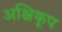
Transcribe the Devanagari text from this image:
अक्षिकूप